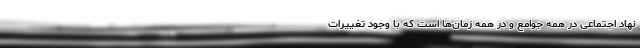
نهاد اجتماعی در همه جوامع و در همه زمان‌ها است که با وجود تغییرات